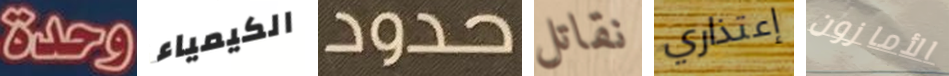
وحدة الكيمياء حدود نقاتل إعتذاري الأمازون